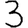
Digit: 3